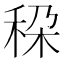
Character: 𮃄